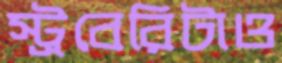
স্ট্রবেরিটাও